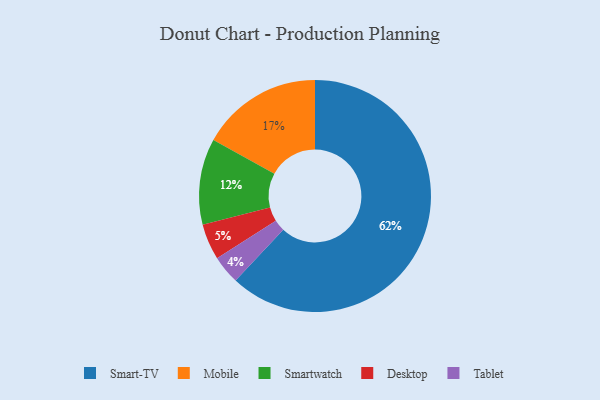
{"axis": {"x": "Category", "y": "Percentage"}, "legend": ["Desktop", "Mobile", "Smart-TV", "Smartwatch", "Tablet"], "data": [{"x": "Smartwatch", "y": 12, "type": "Smartwatch"}, {"x": "Mobile", "y": 17, "type": "Mobile"}, {"x": "Tablet", "y": 4, "type": "Tablet"}, {"x": "Smart-TV", "y": 62, "type": "Smart-TV"}, {"x": "Desktop", "y": 5, "type": "Desktop"}]}